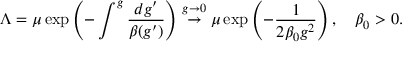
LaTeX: \Lambda = \mu \exp \left( - \int ^ { g } \frac { d g ^ { \prime } } { \beta ( g ^ { \prime } ) } \right) \stackrel { g \to 0 } { \rightarrow } \mu \exp \left( - \frac 1 { 2 \beta _ { 0 } g ^ { 2 } } \right) , \quad \beta _ { 0 } > 0 .